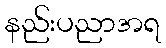
နည်းပညာအရ